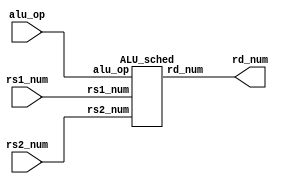
/*
File Name   : ALU.v
Description : RISC-V RV32I 
Written By  : Tealer Guo
Data        : 2019/04/20
*/
module ALU(
	input[31:0] rs1_num,
	input[31:0] rs2_num,
	// ALU
	input[9:0] alu_op,
	// 
	output[31:0] rd_num
);
	// 
	ALU_sched schedule(
		.rs1_num(rs1_num),
		.rs2_num(rs2_num),
		.alu_op(alu_op),
		.rd_num(rd_num)
	);
endmodule
// ALU
module ALU_sched(
	input[31:0] rs1_num,
	input[31:0] rs2_num,
	input[9:0] alu_op,
	// rd_num
	output[31:0] rd_num,
	// add
	input[31:0] add_rs1,
	input[31:0] add_rs2,
	output[31:0] A_add_rd,
	// sub
	input[31:0] sub_rs1,
	input[31:0] sub_rs2,
	output[31:0] S_sub_rd,
	// sll
	input[31:0] sll_rs1,
	input[31:0] sll_rs2,
	output[31:0] SLL_sll_rd,
	// slt
	input[31:0] slt_rs1,
	input[31:0] slt_rs2,
	output[31:0] SLT_slt_rd,
	// sltu
	input[31:0] sltu_rs1,
	input[31:0] sltu_rs2,
	output[31:0] SLTU_sltu_rd,
	// xor
	input[31:0] xor_rs1,
	input[31:0] xor_rs2,
	output[31:0] X_xor_rd,
	// srl
	input[31:0] srl_rs1,
	input[31:0] srl_rs2,
	output[31:0] SRL_srl_rd,
	// sra
	input[31:0] sra_rs1,
	input[31:0] sra_rs2,
	output[31:0] SRA_sra_rd,
	// or
	input[31:0] or_rs1,
	input[31:0] or_rs2,
	output[31:0] O_or_rd,
	// and
	input[31:0] and_rs1,
	input[31:0] and_rs2,
	output[31:0] AND_and_rd
);
	// 
	add_32 add_add(
		.add_rs1(rs1_num),
		.add_rs2(rs2_num),
		.add_rd(A_add_rd)
	);
	sub_32 sub_sub(
		.sub_rs1(rs1_num),
		.sub_rs2(rs2_num),
		.sub_rd(S_sub_rd)
	);
	sll_32 sll_sll(
		.sll_rs1(rs1_num),
		.sll_rs2(rs2_num),
		.sll_rd(SLL_sll_rd)
	);
	slt_32 slt_slt(
		.slt_rs1(rs1_num),
		.slt_rs2(rs2_num),
		.slt_rd(SLT_slt_rd)
	);
	sltu_32 sltu_sltu(
		.sltu_rs1(rs1_num),
		.sltu_rs2(rs2_num),
		.sltu_rd(SLTU_sltu_rd)
	);
	xor_32 xor_xor(
		.xor_rs1(rs1_num),
		.xor_rs2(rs2_num),
		.xor_rd(X_xor_rd)
	);
	srl_32 srl_srl(
		.srl_rs1(rs1_num),
		.srl_rs2(rs2_num),
		.srl_rd(SRL_srl_rd)
	);
	sra_32 sra_sra(
		.sra_rs1(rs1_num),
		.sra_rs2(rs2_num),
		.sra_rd(SRA_sra_rd)
	);
	or_32 or_or(
		.or_rs1(rs1_num),
		.or_rs2(rs2_num),
		.or_rd(O_or_rd)
	);
	and_32 and_and(
		.and_rs1(rs1_num),
		.and_rs2(rs2_num),
		.and_rd(AND_and_rd)
	);
	// 
	reg[31:0] rd_num_temp;
	// 
	// add
	always @(*)
	begin
		if(alu_op===10'b0000000001)
			rd_num_temp=A_add_rd;
	end
	// sub
	always @(*)
	begin
		if(alu_op===10'b0000000010)
			rd_num_temp=S_sub_rd;
	end
	// sll
	always @(*)
	begin
		if(alu_op===10'b0000000011)
			rd_num_temp=SLL_sll_rd;
	end
	// slt
	always @(*)
	begin
		if(alu_op===10'b0000000101)
			rd_num_temp=SLT_slt_rd;
	end
	// sltu
	always @(*)
	begin
		if(alu_op===10'b0000000110)
			rd_num_temp=SLTU_sltu_rd;
	end
	// xor
	always @(*)
	begin
		if(alu_op===10'b0000000111)
			rd_num_temp=X_xor_rd;
	end
	// srl
	always @(*)
	begin
		if(alu_op===10'b0000001000)
			rd_num_temp=SRL_srl_rd;
	end
	// sra
	always @(*)
	begin
		if(alu_op===10'b0000001001)
			rd_num_temp=SRA_sra_rd;
	end
	// or
	always @(*)
	begin
		if(alu_op===10'b0000001010)
			rd_num_temp=O_or_rd;
	end
	// and
	always @(*)
	begin
		if(alu_op===10'b0000001011)
			rd_num_temp=AND_and_rd;
	end
	// 
	assign rd_num=rd_num_temp;
endmodule
// 
module add_32(
	input[31:0] add_rs1,
	input[31:0] add_rs2,
	output[31:0] add_rd
);
	assign add_rd=add_rs1+add_rs2;
endmodule
// 
module sub_32(
	input[31:0] sub_rs1,
	input[31:0] sub_rs2,
	output[31:0] sub_rd
);
	assign sub_rd=sub_rs1-sub_rs2;
endmodule
// 
module sll_32(
	input[31:0] sll_rs1,
	input[31:0] sll_rs2,
	output[31:0] sll_rd
);
	assign sll_rd=sll_rs1<<sll_rs2[4:0];
endmodule
// 
module slt_32(
	input[31:0] slt_rs1,
	input[31:0] slt_rs2,
	output[31:0] slt_rd
);
	// 
	reg[31:0] slt_rd_temp;
	// MUX
	always @(*)
	begin
		if(slt_rs1<slt_rs2)
			slt_rd_temp=32'b11111111111111111111111111111111;
		else begin
			slt_rd_temp=32'b00000000000000000000000000000000;
		end
	end
	// 
	assign slt_rd=slt_rd_temp;
endmodule
// 
module sltu_32(
	input[31:0] sltu_rs1,
	input[31:0] sltu_rs2,
	output[31:0] sltu_rd
);
	// 
	reg[31:0] sltu_rd_temp;
	// MUX
	always @(*)
	begin
		if(sltu_rs1[30:0]<sltu_rs2[30:0])
			sltu_rd_temp=32'b11111111111111111111111111111111;
		else begin
			sltu_rd_temp=32'b00000000000000000000000000000000;
		end
	end
	// 
	assign sltu_rd=sltu_rd_temp;
endmodule
// 
module xor_32(
	input[31:0] xor_rs1,
	input[31:0] xor_rs2,
	output[31:0] xor_rd
);
	assign xor_rd=xor_rs1^xor_rs2;
endmodule
// 
module srl_32(
	input[31:0] srl_rs1,
	input[31:0] srl_rs2,
	output[31:0] srl_rd
);
	assign srl_rd=srl_rs1>>srl_rs2[4:0];
endmodule
// 
module sra_32(
	input[31:0] sra_rs1,
	input[31:0] sra_rs2,
	output[31:0] sra_rd
);
	assign sra_rd=($signed(sra_rs1))>>>sra_rs2[4:0];
endmodule
// 
module or_32(
	input[31:0] or_rs1,
	input[31:0] or_rs2,
	output[31:0] or_rd
);
	assign or_rd=or_rs1|or_rs2;
endmodule
// 
module and_32(
	input[31:0] and_rs1,
	input[31:0] and_rs2,
	output[31:0] and_rd
);
	assign and_rd=and_rs1&and_rs2;
endmodule